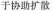
于协助扩散